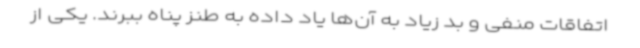
اتفاقات منفی و بد زیاد به آن‌ها یاد داده به طنز پناه ببرند. یکی از